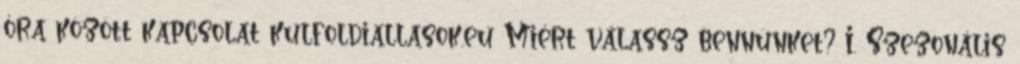
óra között kapcsolat kulfoldiallasok.eu Miért válassz bennünket? I. Szezonális